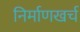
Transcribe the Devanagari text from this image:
निर्माणखर्च